Indian journal of veterinary science and animal husbandry - Volume 3,
Year: 1933
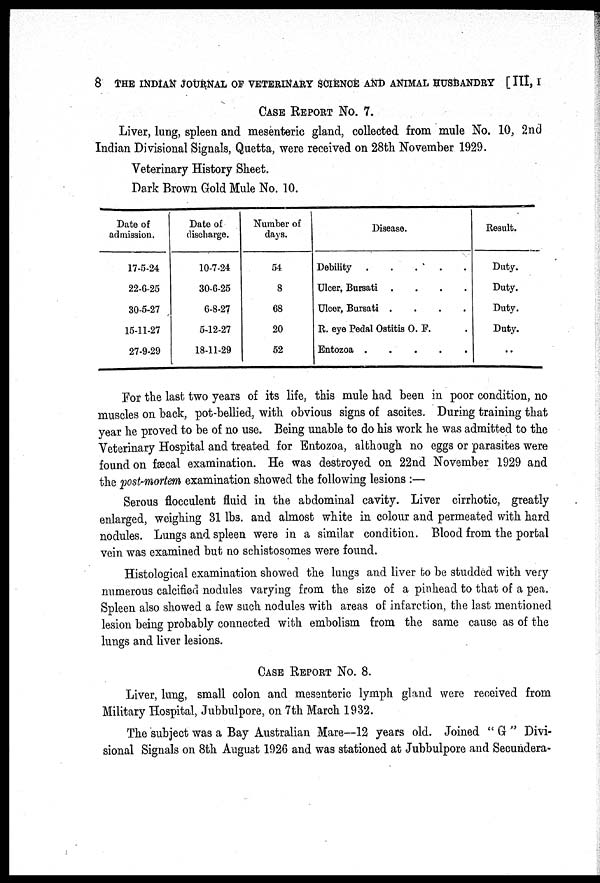
8 THE INDIAN JOURNAL OF VETERINARY SCIENCE AND ANIMAL HUSBANDRY [ III, I
CASE REPORT NO. 7.
Liver, lung, spleen and mesenteric gland, collected from mule No. 10, 2nd
Indian Divisional Signals, Quetta, were received on 28th November 1929.
Veterinary History Sheet.
Dark Brown Gold Mule No. 10.
Date of
admission.
17-5-24
22-6-25
30-5-27
15-11-27
27-9-29
Date of
discharge.
10-7-24
30-6-25
6-8-27
5-12-27
18-11-29
Number of
days.
54
8
68
20
52
Disease.
Debility
Ulcer, Bursati
....
Ulcer, Bursati
....
R. eye Pedal Ostitis O. F. .
Entozoa
Result.
Duty.
Duty.
Duty.
Duty.
..
For the last two years of its life, this mule had been in poor condition, no
muscles on back, pot-bellied, with obvious signs of ascites. During training that
year he proved to be of no use. Being unable to do his work he was admitted to the
Veterinary Hospital and treated for Entozoa, although no eggs or parasites were
found on fæcal examination. He was destroyed on 22nd November 1929 and
the post-mortem examination showed the following lesions :—
Serous flocculent fluid in the abdominal cavity. Liver cirrhotic, greatly
enlarged, weighing 31 lbs. and almost white in colour and permeated with hard
nodules. Lungs and spleen were in a similar condition. Blood from the portal
vein was examined but no schistosomes were found.
Histological examination showed the lungs and liver to be studded with very
numerous calcified nodules varying from the size of a pinhead to that of a pea.
Spleen also showed a few such nodules with areas of infarction, the last mentioned
lesion being probably connected with embolism from the same cause as of the
lungs and liver lesions.
CASE REPORT NO. 8.
Liver, lung, small colon and mesenteric lymph gland were received from
Military Hospital, Jubbulpore, on 7th March 1932.
The subject was a Bay Australian Mare—12 years old. Joined " G " Divi-
sional Signals on 8th August 1926 and was stationed at Jubbulpore and Secundera¬